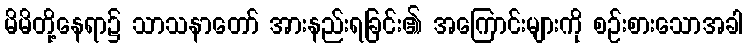
မိမိတို့နေရာ၌ သာသနာတော် အားနည်းရခြင်း၏ အကြောင်းများကို စဉ်းစားသောအခါ